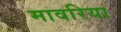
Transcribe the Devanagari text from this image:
मावरिया